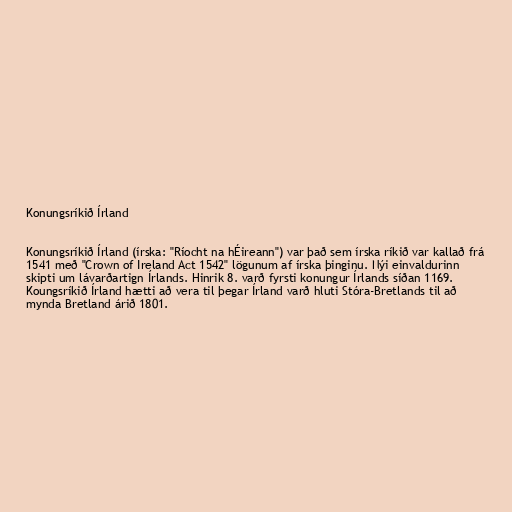
Konungsríkið Írland

Konungsríkið Írland (írska: "Ríocht na hÉireann") var það sem írska ríkið var kallað frá
1541 með "Crown of Ireland Act 1542" lögunum af írska þinginu. Nýi einvaldurinn
skipti um lávarðartign Írlands. Hinrik 8. varð fyrsti konungur Írlands síðan 1169.
Koungsríkið Írland hætti að vera til þegar Írland varð hluti Stóra-Bretlands til að
mynda Bretland árið 1801.